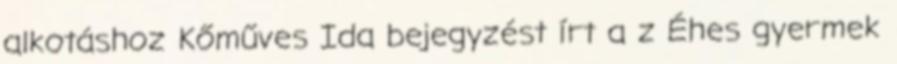
alkotáshoz Kőműves Ida bejegyzést írt a z Éhes gyermek